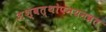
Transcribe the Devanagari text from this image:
अश्वत्थोपनयनव्रत